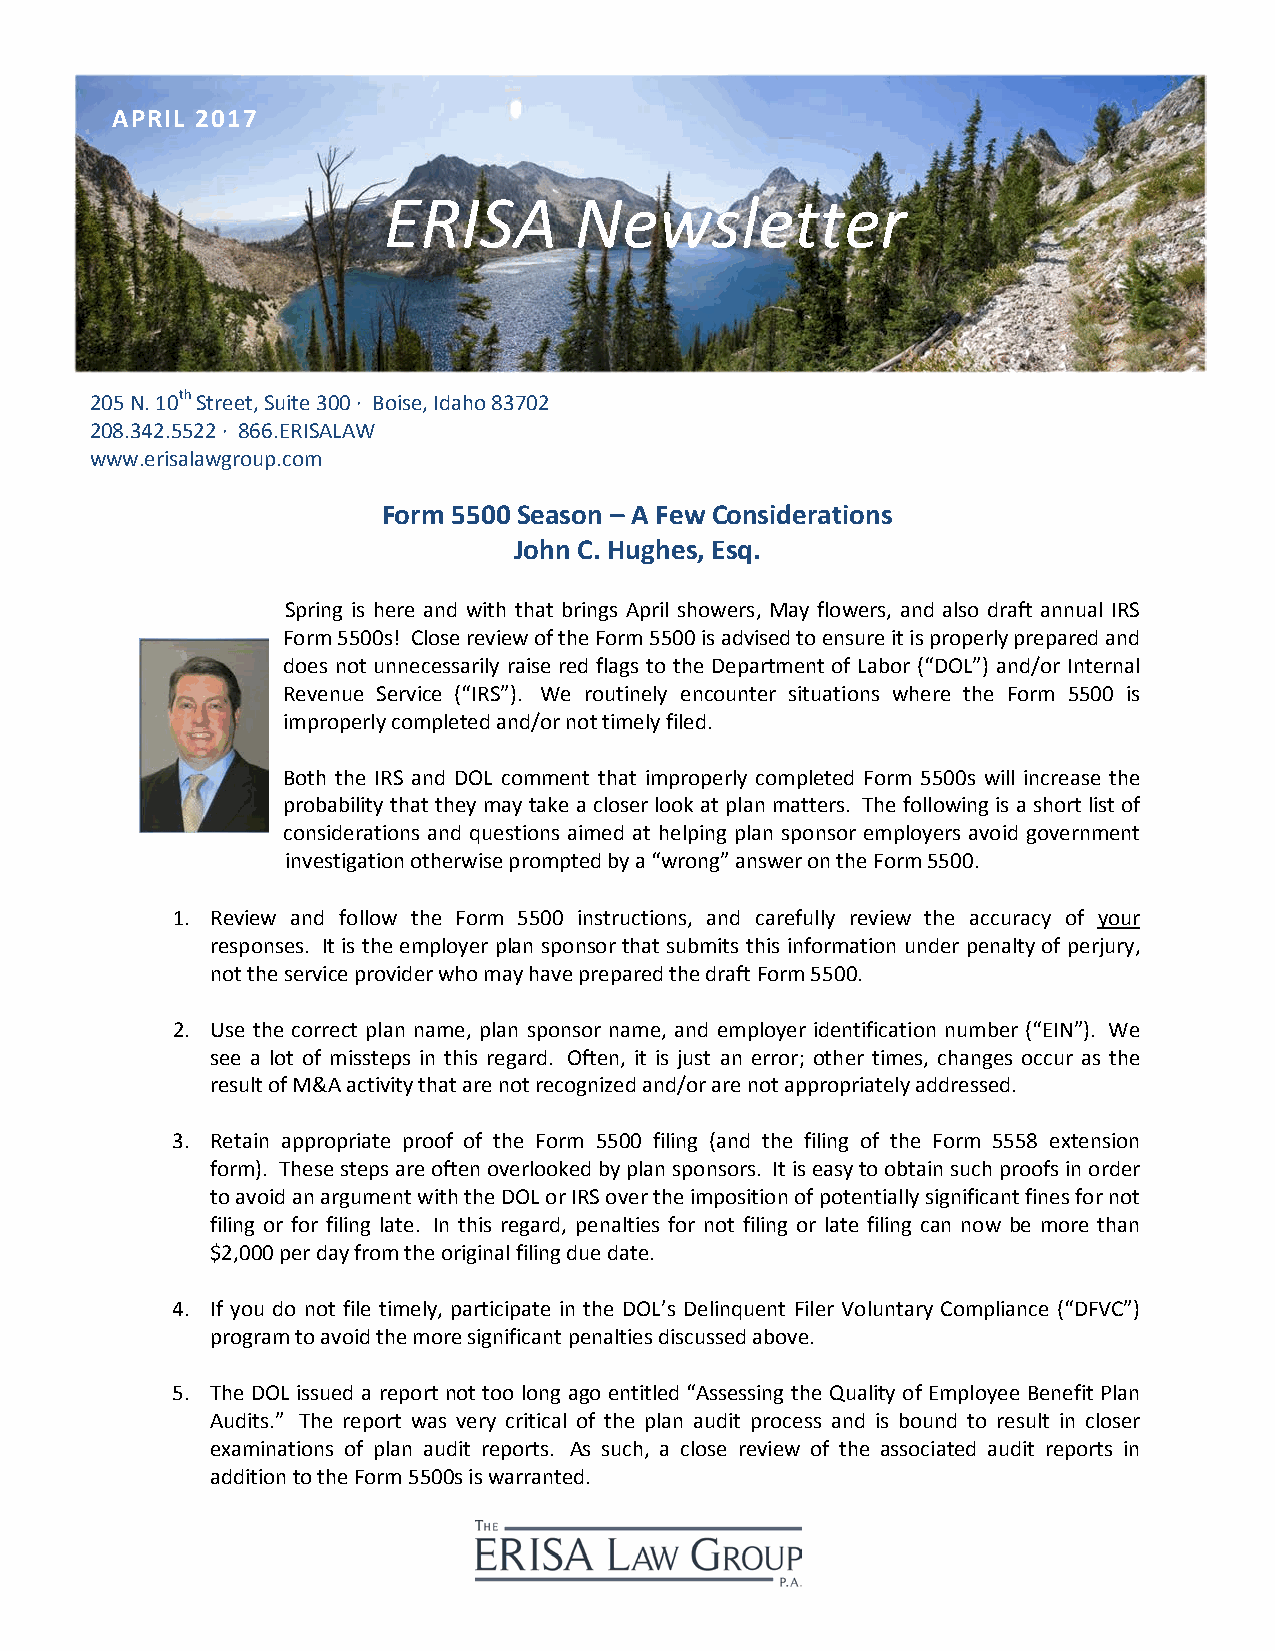
APRIL 2017
 ERISA        Newsletter
 205 N . 10th Street, Suite 300 · Boise, Idaho 83702
 208.342.5522 · 866.ERISALAW
 www.erisalawgroup.com
 Form 5500 Season – A Few Considerations
 John C. Hughes, Esq.
 Spring is here and with that brings April showers, May flowers, and also draft annual IRS
 Form 5500s! Close review of the Form 5500 is advised to ensure it is properly prepared and
 does not unnecessarily raise red flags to the Department of Labor (“DOL”) and/or Internal
 Revenue Service (“IRS”). We routinely encounter situations where the Form 5500 is
 improperly completed and/or not timely filed.
 Both the IRS and DOL comment that improperly completed Form 5500s will increase the
 probability that they may take a closer look at plan matters. The following is a short list of
 considerations and questions aimed at helping plan sponsor employers avoid government
 investigation otherwise prompted by a “wrong” answer on the Form 5500.
 1. Review and follow the Form 5500 instructions, and carefully review the accuracy of your
 responses. It is the employer plan sponsor that submits this information under penalty of perjury,
 not the service provider who may have prepared the draft Form 5500.
 2. Use the correct plan name, plan sponsor name, and employer identification number (“EIN”). We
 see a lot of missteps in this regard. Often, it is just an error; other times, changes occur as the
 result of M&A activity that are not recognized and/or are not appropriately addressed.
 3. Retain appropriate proof of the Form 5500 filing (and the filing of the Form 5558 extension
 form). These steps are often overlooked by plan sponsors. It is easy to obtain such proofs in order
 to avoid an argument with the DOL or IRS over the imposition of potentially significant fines for not
 filing or for filing late. In this regard, penalties for not filing or late filing can now be more than
 $2,000 per day from the original filing due date.
 4. If you do not file timely, participate in the DOL’s Delinquent Filer Voluntary Compliance (“DFVC”)
 program to avoid the more significant penalties discussed above.
 5. The DOL issued a report not too long ago entitled “Assessing the Quality of Employee Benefit Plan
 Audits.” The report was very critical of the plan audit process and is bound to result in closer
 examinations of plan audit reports. As such, a close review of the associated audit reports in
 addition to the Form 5500s is warranted.